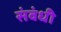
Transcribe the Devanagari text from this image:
संवंधी